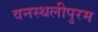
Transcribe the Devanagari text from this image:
वनस्थलीपुरम